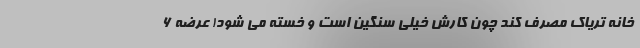
خانه تریاک مصرف کند چون کارش خیلی سنگین است و خسته می شود! عرضه 6